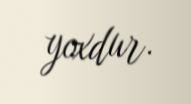
yoxdur.